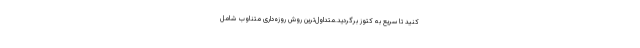
کنید تا سریع به کتوز برگردید.متداول‌ترین روش روزه‌داری متناوب شامل